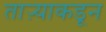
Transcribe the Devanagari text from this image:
ताऱ्याकडून